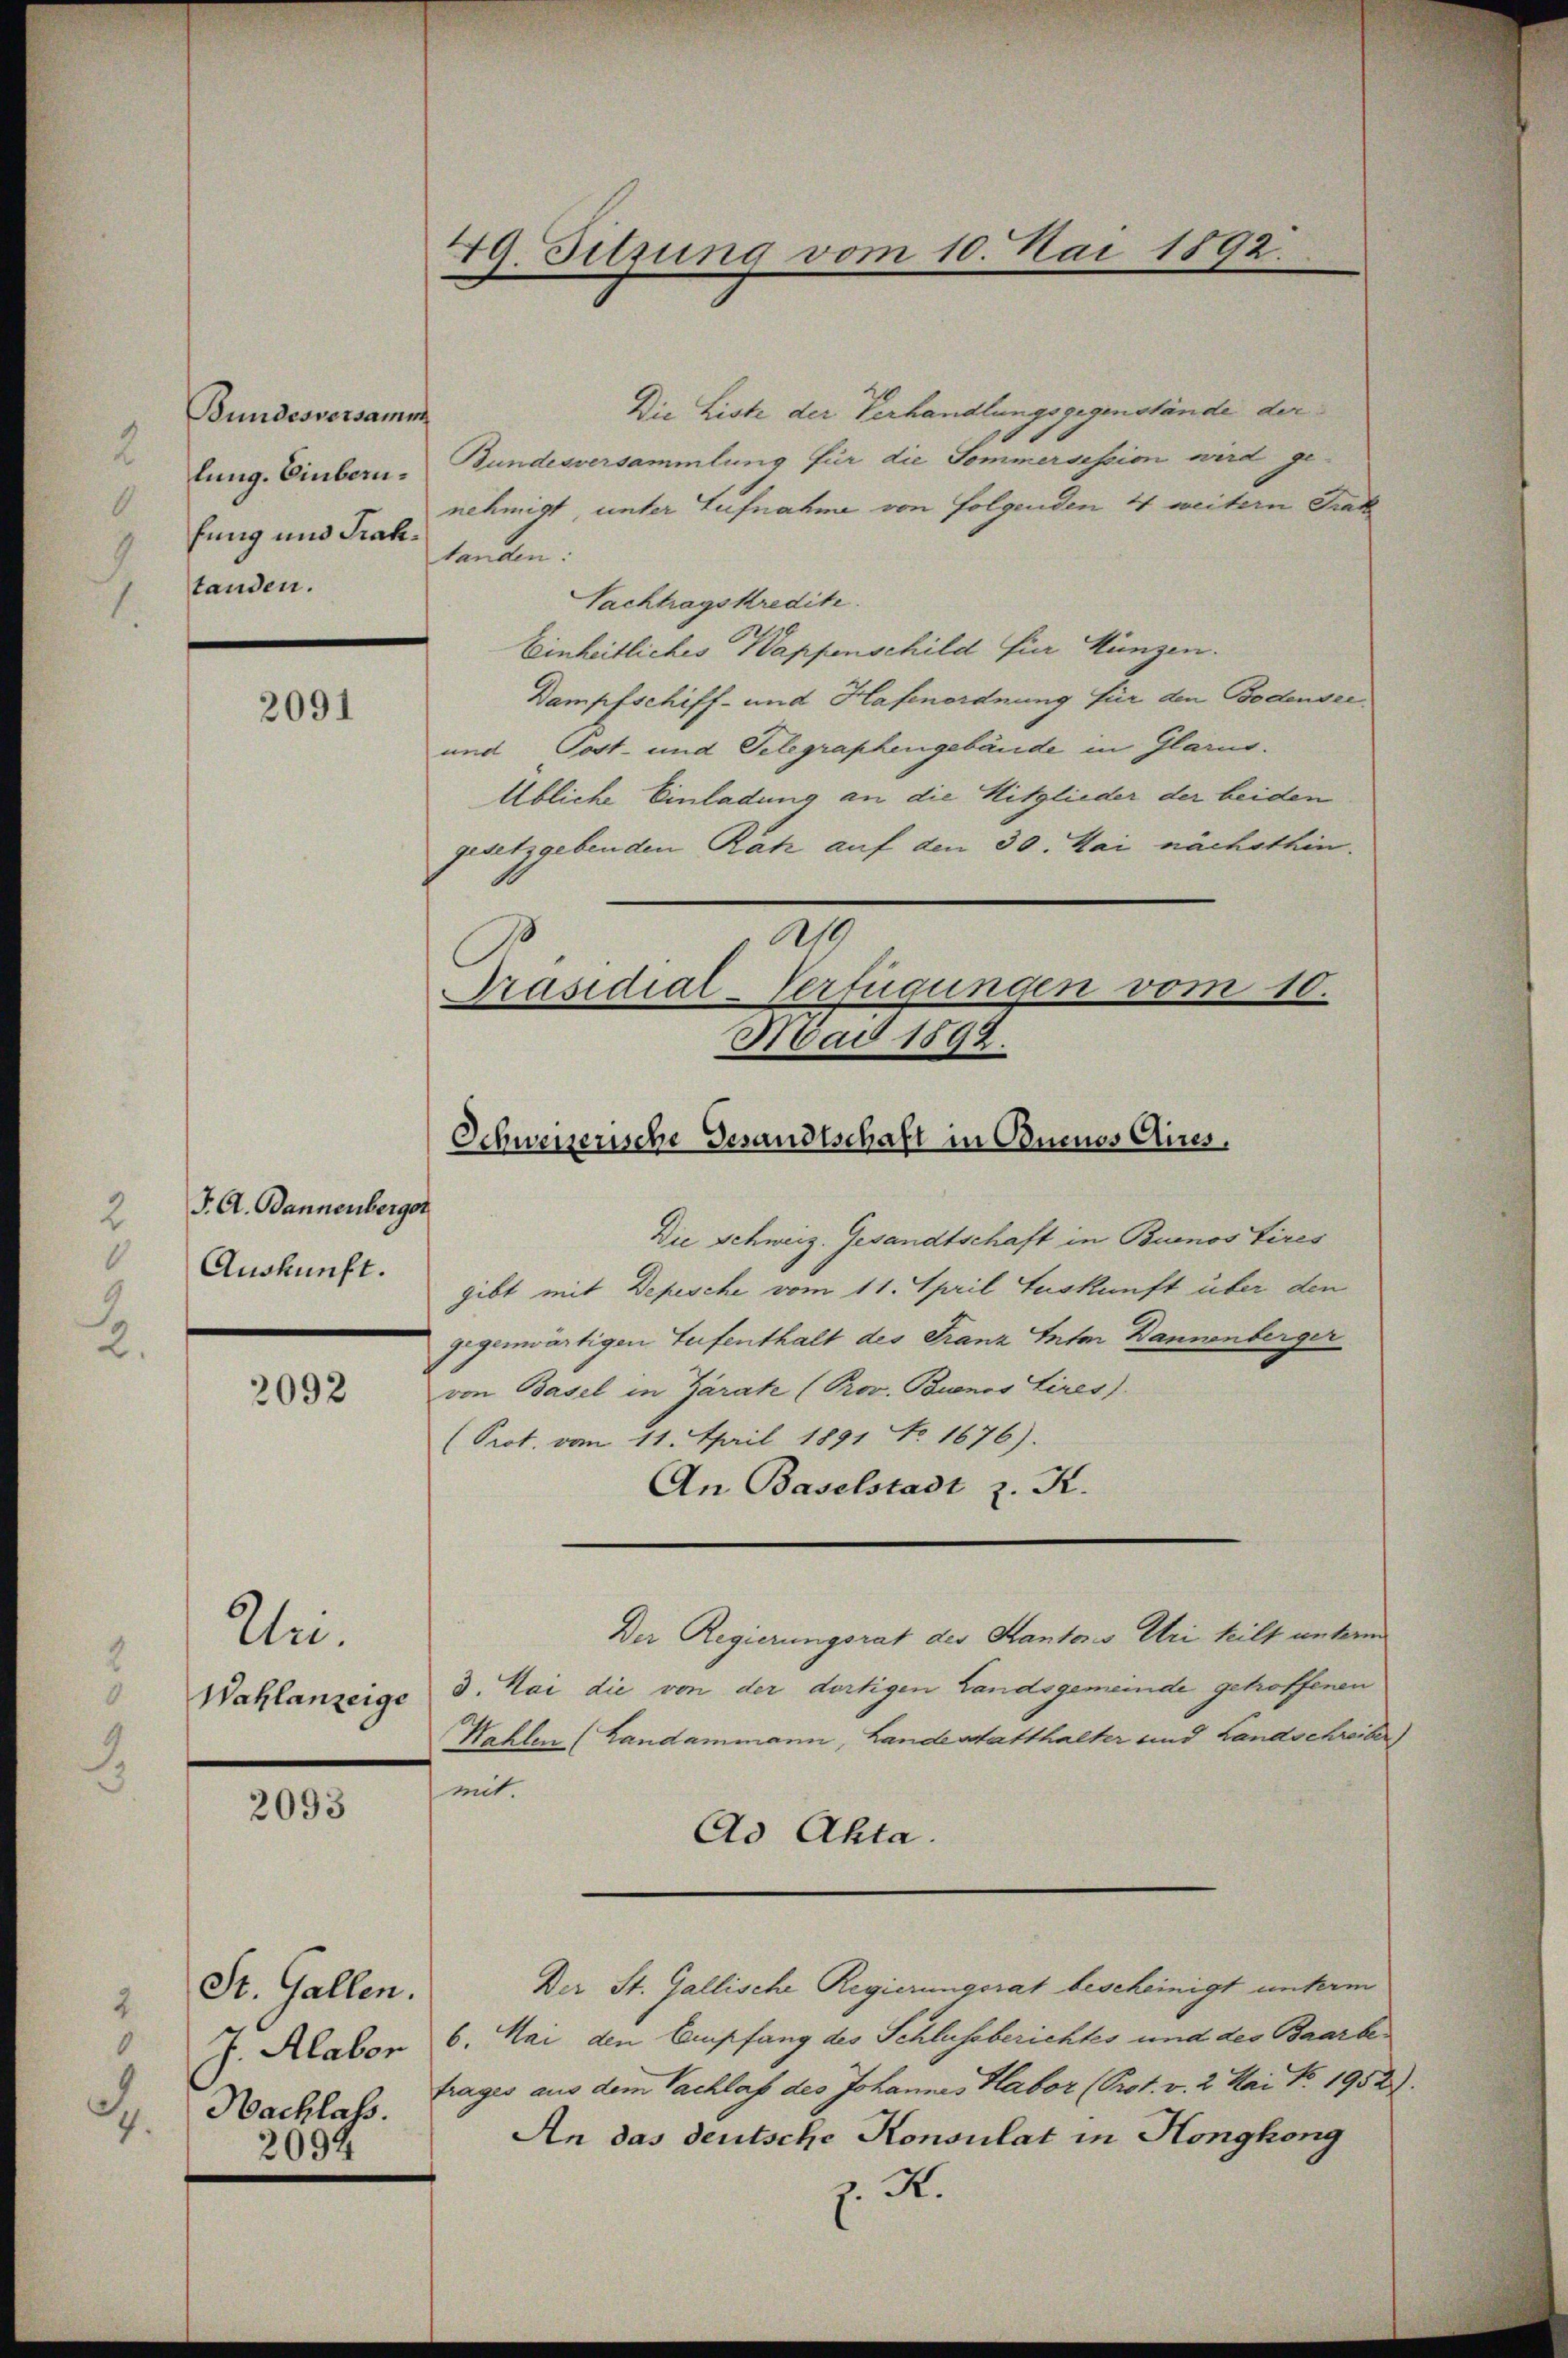
Bundesversamm
lung. Einbern.
tanden.

2091

J. A. Dannenberger
2
Auskunft.

2092

Uni-

2093

6
J. Alabor
Nachlass.
.
2094

49. Sitzung vom 10. Mai 1892.

Die Liste der Verhandlungsgegenstände der
Bundesversammlung für die Sommersession wird gefung und Fr. u. Schmit, unter Lufnahme von folgenden 4 weitern Trak
tanden:
Nachtragskredite.
Einheitliches Wappenschild für Müngen.
Dampfschiff- und Hafenordnung für den Bodensee¬
und Post- und Telegraphengebäude in Glarus.
Übliche Einladung an die Mitglieder der beiden
gesetzgebenden Ratz auf den 30. Mai nächsthin.

219

Schweizerische Gesandtschaft in Onenos Aires.
Die Schweiz. Gesandtschaft in Buenos Aires
gibt mit Depesche vom 11. April Auskunft über den
gegenwärtigen Teufenthalt des Franz Inter Bannenberger
von Basel in Zarate (Prov. Buenos Aires).
(Prot. vom 11. April 1891 No. 1676).
An Baselstadt z. K.
Der Regierungsrat des Kantones Uri teilt unterm
Wahlanzeige d. Mai die von der dortigen Landsgemeinde getroffenen
Hahlen (Landammann, Landestatthalter und Landschreiber
mit.
Ad Akta.
2 St. Gallen. Der St. Gallische Regierungsrat bescheinigt unterm
6. Mai den Empfang des Schlussberichtes und des Baarbe
trages aus dem Sachlaf des Johannes Habor (Prot. v. 2. Mai No. 1952):
An das deutsche Konsulat in Honghong
z. R.

Präsidial-Verfügungen vom 10.
Abad 1592.